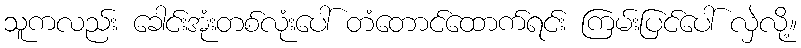
သူကလည်း ခေါင်းအုံးတစ်လုံးပေါ် တံတောင်ထောက်ရင်း ကြမ်းပြင်ပေါ် လှဲလို့။